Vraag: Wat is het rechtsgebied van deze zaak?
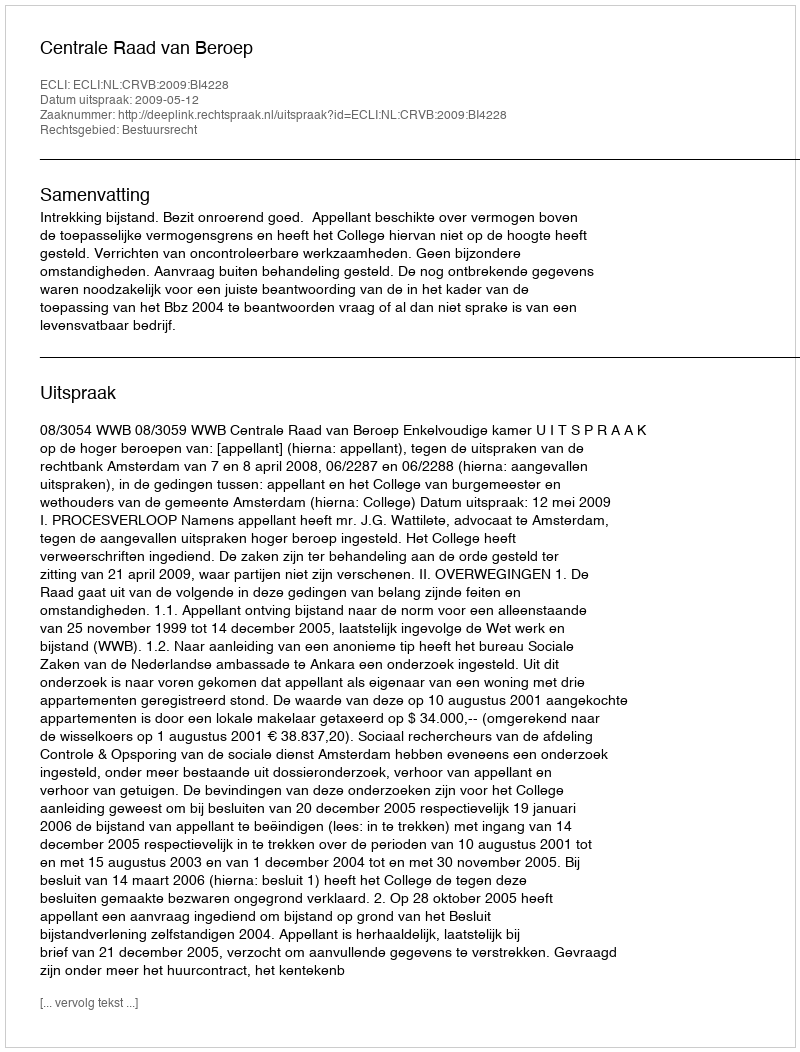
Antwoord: Bestuursrecht